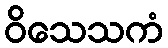
ဝိသေသကံ